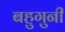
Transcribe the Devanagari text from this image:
बहुगुनी